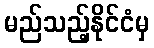
မည်သည့်နိုင်ငံမှ